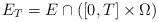
LaTeX: \begin{align*} E_T = E \cap \left( [0,T] \times \Omega \right)\end{align*}